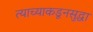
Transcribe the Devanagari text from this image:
त्याच्याकडूनसुद्धा